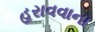
હરાવવાના